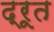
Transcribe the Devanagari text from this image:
द्रूत